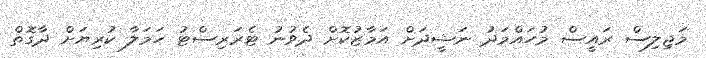
މަޖިލިސް ރައީސް މުހައްމަދު ނަޝީދަށް އަމާޒުކޮށް ދެވުނު ޓެރަރިސްޓު ހަމަލާ ކުރިޔަށް ދާގޮތް